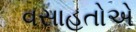
વસાહતોએ